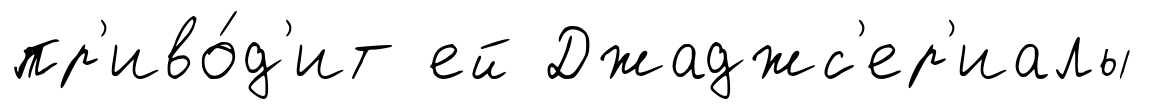
пр'иво́д'ит ей Джаджс'ер'иалы